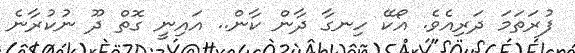
ފުރަތަމަ ދަރިއެވެ. އޯކޭ ހިނގާ ދާން ކާން.. އައިނީ ގޮތް ދޫ ނުކުރާނެ